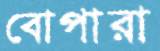
বোপারা